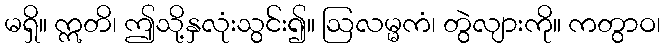
မရှိ။ ဣတိ၊ ဤသို့နှလုံးသွင်း၍။ ဩလမ္မကံ၊ တွဲလျားကို။ ကတွာဝ၊